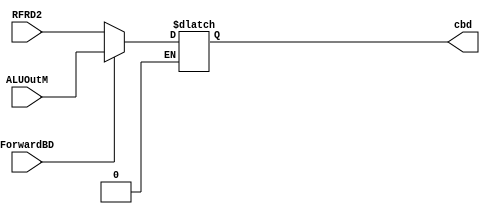
`timescale 1ns / 1ps
//////////////////////////////////////////////////////////////////////////////////
// Company: 
// Engineer: 
// 
// Design Name: 
// Module Name: BDmux
// Project Name: 
// Target Devices: 
// Tool Versions: 
// Description: 
// 
// Dependencies: 
// 
// Revision:
// Revision 0.01 - File Created
// Additional Comments:
// 
//////////////////////////////////////////////////////////////////////////////////


module BDmux(input ForwardBD, input [31:0] ALUOutM, RFRD2, output reg [31:0] cbd);
always@(*) begin
if(ForwardBD == 1'b1)
cbd <= ALUOutM;
if(ForwardBD == 1'b0)
cbd <= RFRD2;
end
endmodule